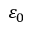
\varepsilon _ { 0 }